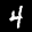
Label: 4